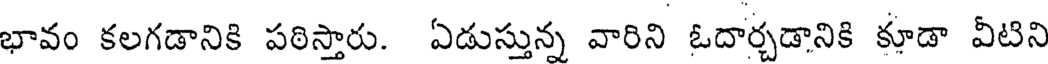
భావం కలగడానికి పఠిస్తారు. ఏడుస్తున్న వారిని ఓదార్చడానికి కూడా వీటిని